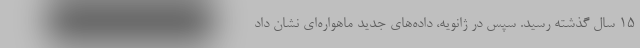
۱۵ سال گذشته رسید. سپس در ژانویه، داده‌های جدید ماهواره‌ای نشان داد